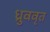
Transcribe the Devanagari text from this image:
ध्रुववृत